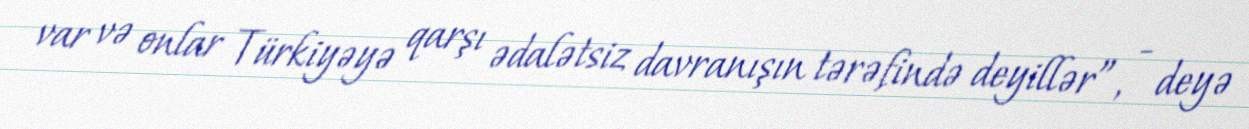
var və onlar Türkiyəyə qarşı ədalətsiz davranışın tərəfində deyillər”, - deyə